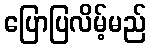
ပြောပြလိမ့်မည်